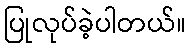
ပြုလုပ်ခဲ့ပါတယ်။